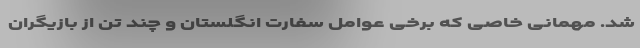
شد. مهمانی خاصی که برخی عوامل سفارت انگلستان و چند تن از بازیگران